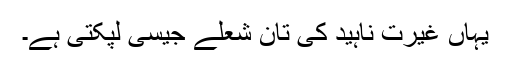
یہاں غیرتِ ناہید کی تان شعلے جیسی لپکتی ہے۔